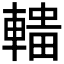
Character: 𰹟